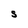
Character: S